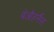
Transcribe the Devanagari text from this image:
बेऔहर्नैस